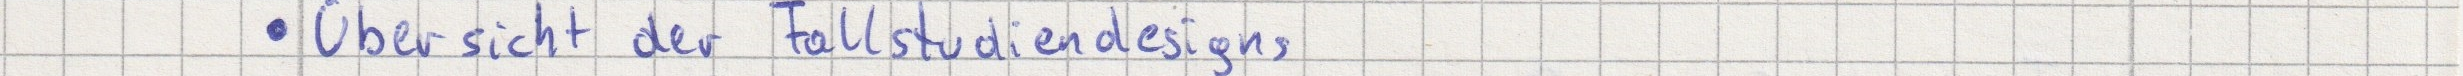
Übersicht der Fallstudiendesigns